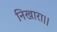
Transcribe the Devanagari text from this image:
निखारा।।